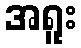
အရူး